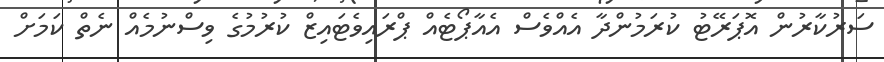
ސަރުކާރުން އޮޕަރޭޓު ކުރަމުންދާ އެއްވެސް އެއާޕޯޓެއް ޕްރައިވެޓައިޒް ކުރުމުގެ ވިސްނުމެއް ނެތް ކަމަށް